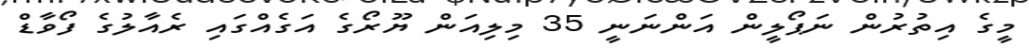
މީގެ އިތުރުން ނަޕޯލީން އަންނަނީ 35 މިލިއަން ޔޫރޯގެ އަގެއްގައި ރެއާލުގެ ފޯވާޑް